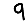
Digit: 9